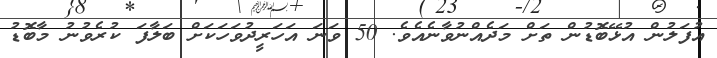
އުފަލުން އުޅޭބޮޑުން ތަށް މަދެއްނުވާނެއެެވެ. 50 ވަނަ އަހަރީދުވަހަކަށް ބަލާފަ ކުރެވުނު މާބޮޑު